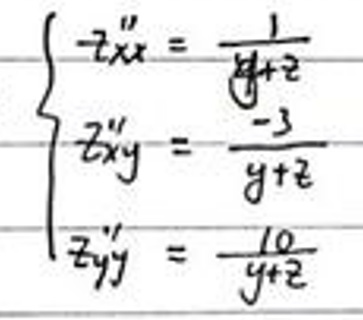
\begin{cases}
2x'' = \frac{1}{y+2} \\
2x'y = \frac{-3}{y+2} \\
2y'y = \frac{10}{y+2}
\end{cases}